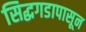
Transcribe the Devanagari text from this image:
सिद्धगडापासून